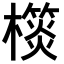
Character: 𣝎